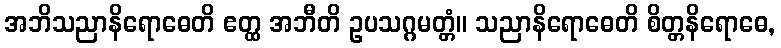
အဘိသညာနိရောဓေတိ ဧတ္ထ အဘီတိ ဥပသဂ္ဂမတ္တံ။ သညာနိရောဓေတိ စိတ္တနိရောဓေ,